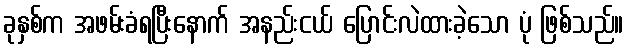
ခုနှစ်က အဖမ်းခံရပြီးနောက် အနည်းငယ် ပြောင်းလဲထားခဲ့သော ပုံ ဖြစ်သည်။